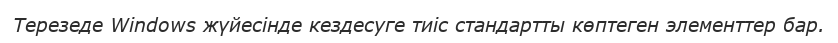
Терезеде Windows жүйесінде кездесуге тиіс стандартты көптеген элементтер бар.